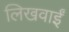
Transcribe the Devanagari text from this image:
लिखवाईं